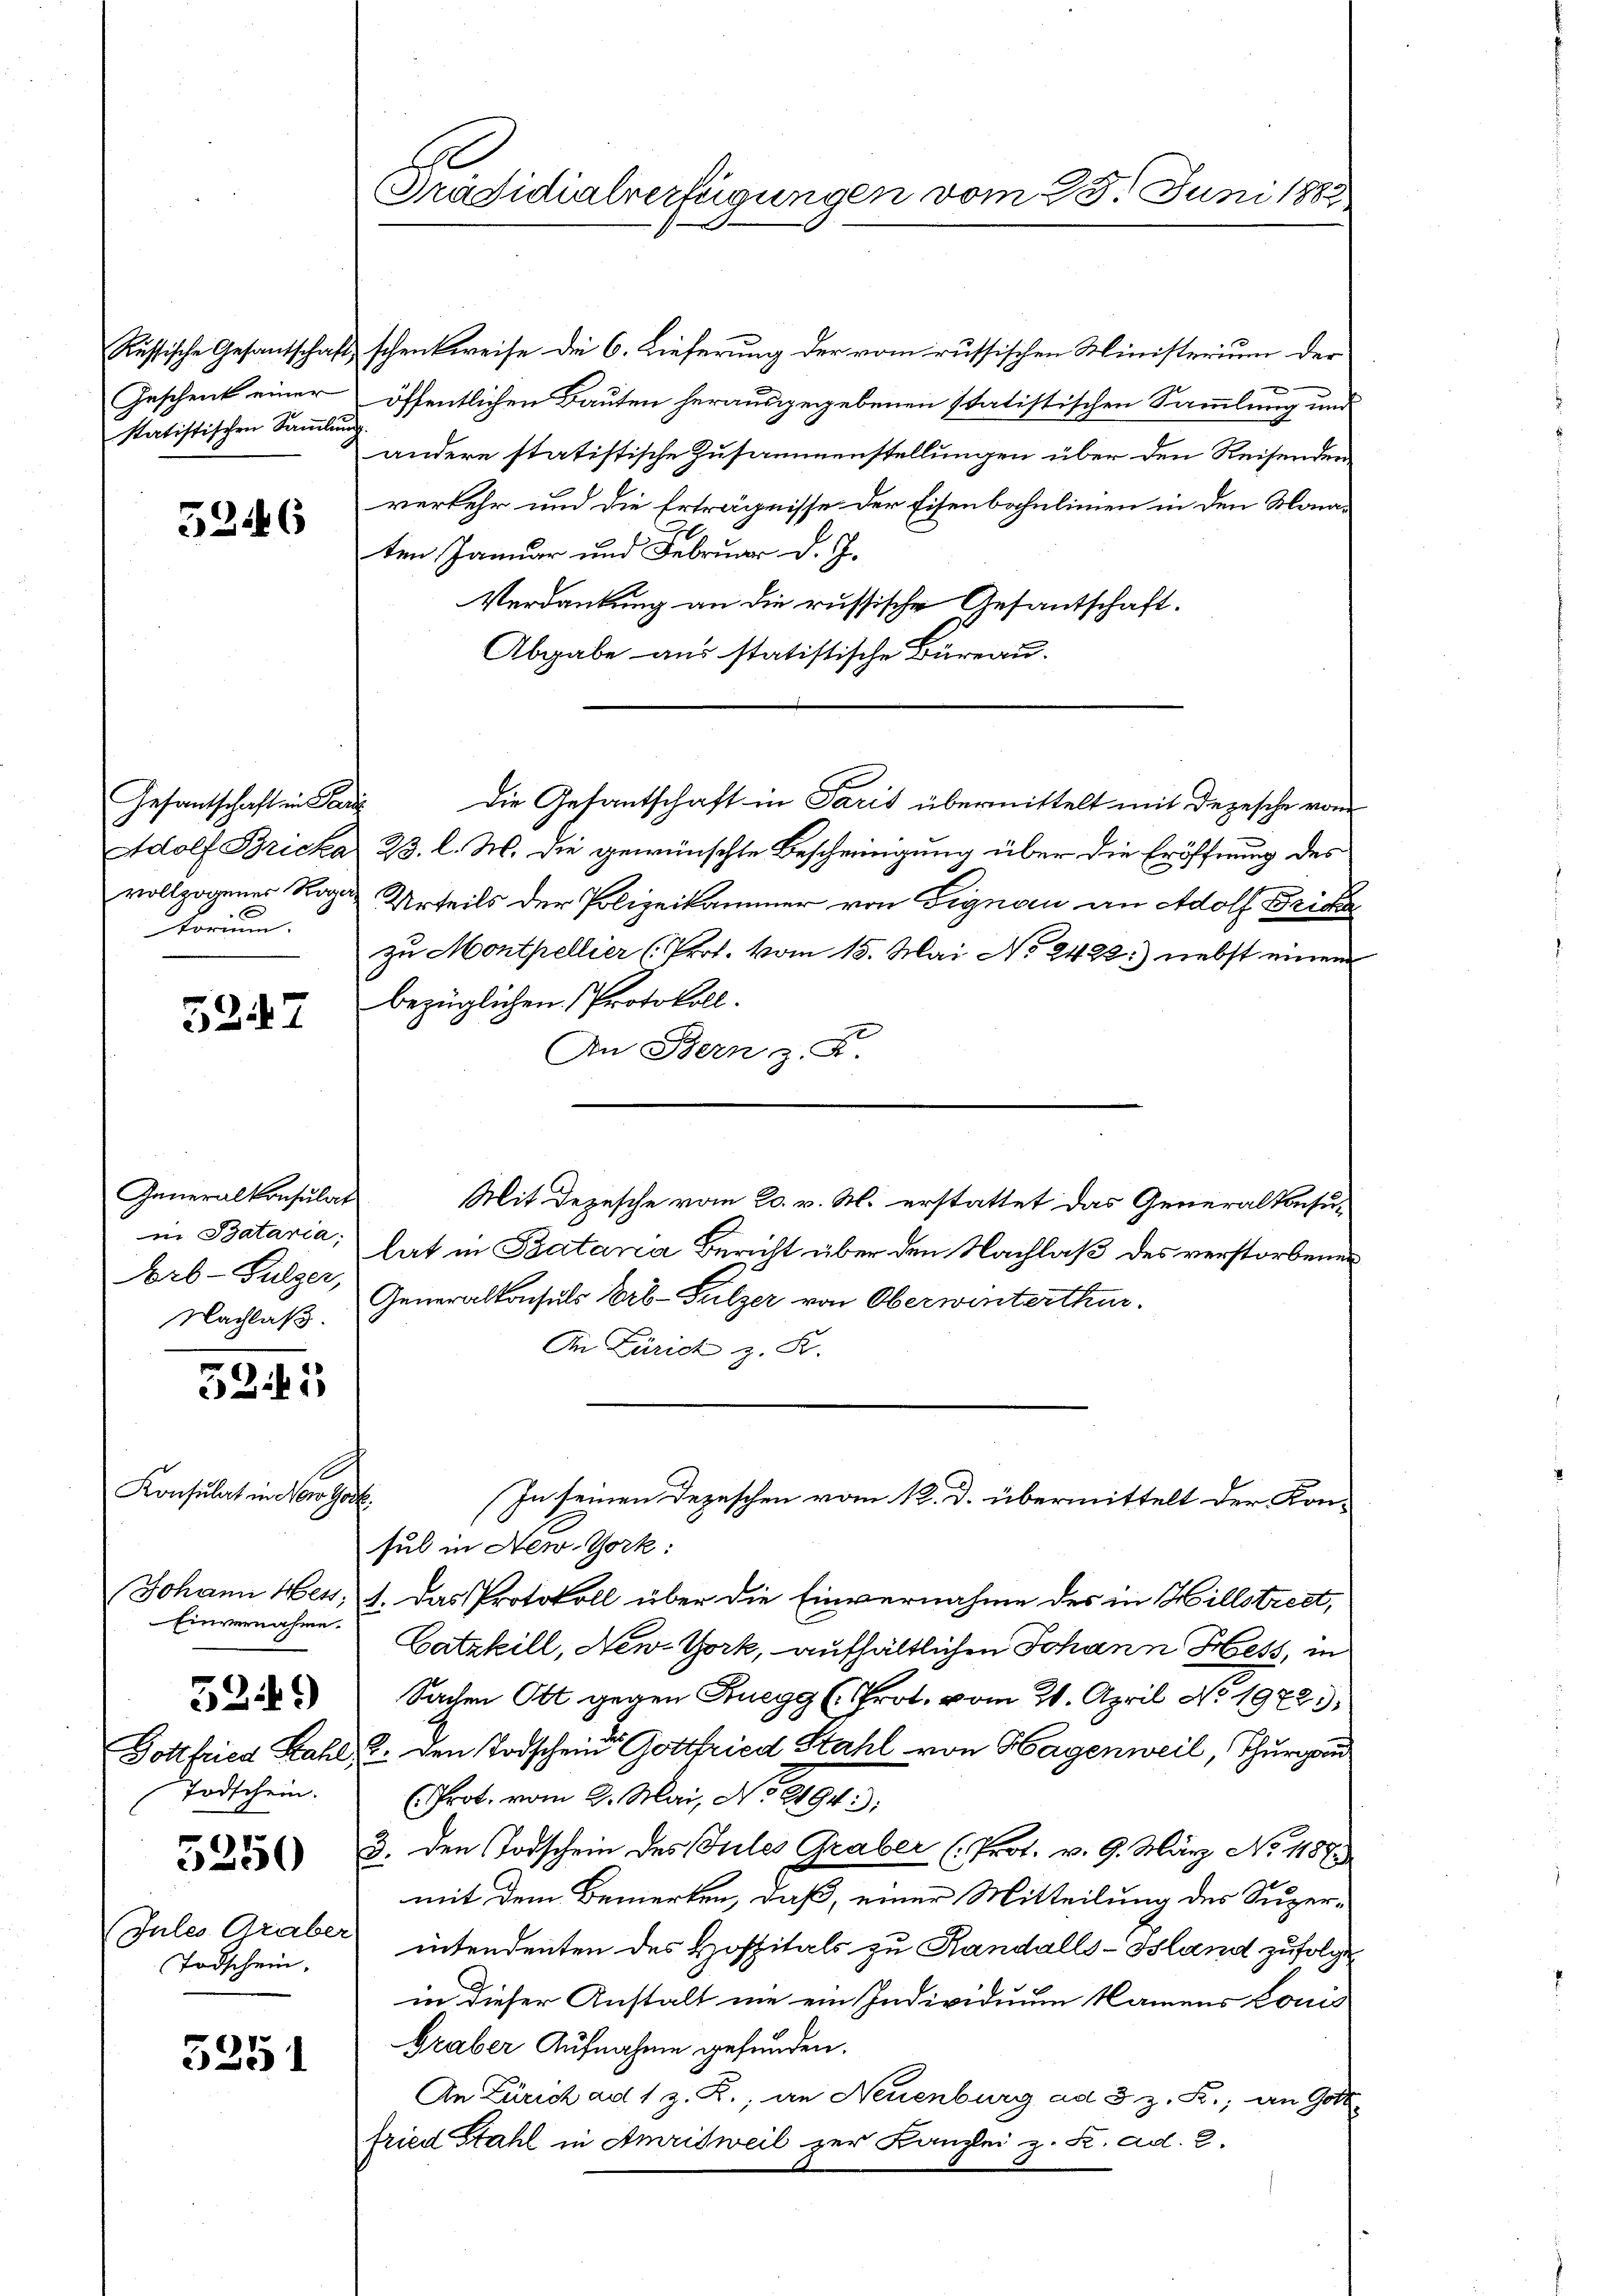
Geschenk einer
Statistischen Sammlung

5246

torium.

5247

Generalkonsulat
in Bataria;
Arb-Gulzer,
Nachlaß.

525

Konsulat in Nowa
Einvernahme.
Todschein.
5250
Todschein,

5249)

5251

J
Präsidialverfügungen vom 25. Juni 1882

Russische Gesantschaft schenkweise die 6. Lieferung der vom russischen Ministerium der
öffentlichen Bauten herausgegebenen statistischen Sammlung und
andere statistische Zusammenstellungen über den Reisenden
verkehr und die Erträgnisse der Eisenbahnlinien in den Monaten Januar und Februar d. J.
Verdankung an die russische Gesantschaft.
Abgabe aus statistische Büreau.
Adolf Bricka 23. l. M. die gewünschte Bescheinigung über die Eröffnung des
vollzogener Roza Urteils der Polizeikammer von Signam an Adolf Fricke
zu Montpellier (Prof. vom 15. Mai No 2422:) nebst einem
bezüglichen Protokoll.
1
fel
An Bern z. R.
Mit Depesche vom 20. v. M. erstattet das Generalkonsulat in Batana Bericht über den Nachlaß des verstorbenen
Generalkonsuls Erb- Sulzer von Oberwinterthur.
An Zürich z. B.
In seinen Depeschen vom 12. d. übermittelt der Konsul in New-York:
Johann Hess. 1. Das Protokoll über die Einvernahme des in Hillstreet,
Catzkill, New-York, aufhältlichen Johann Hess, in
Sachen Ott gegen Ruegg (Prot. vom 21. April No 19723.
Dottfried Kahl, 2. Den Todschein Gottfried Stahl von Hagenweil, Thurgau
(Prot. vom 2. Mai, No 9194.
3. den Todschein des Jules Graber (Prot. v. 9. März No. 1187.
mit dem Bemerken, daß, einer Mitteilung des Super¬
Jules Graber intendenten des Hofpitals zu Randalls-Island zufolge
in dieser Anstalt nie ein Individuum kamens Louis
Graber Aufnahme gefunden.
An Zürich ad 1 z. R., an Neuenburg ad § z. R., an Gott
fried Stahl in Amrisweil zur Kanzlei z. S. ad. 2.

Gesantschaft in Sarg die Gesantschaft in Paris übermittelt mit Depesche vom